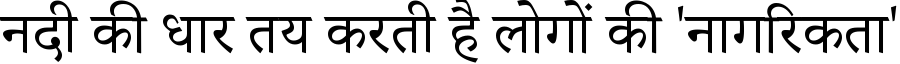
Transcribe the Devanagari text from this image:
नदी की धार तय करती है लोगों की 'नागरिकता'